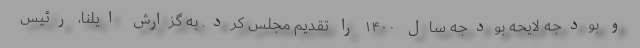
و بودجه لایحه بودجه سال ۱۴۰۰ را تقدیم مجلس کرد. به گزارش ایلنا، رئیس